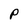
Character: P